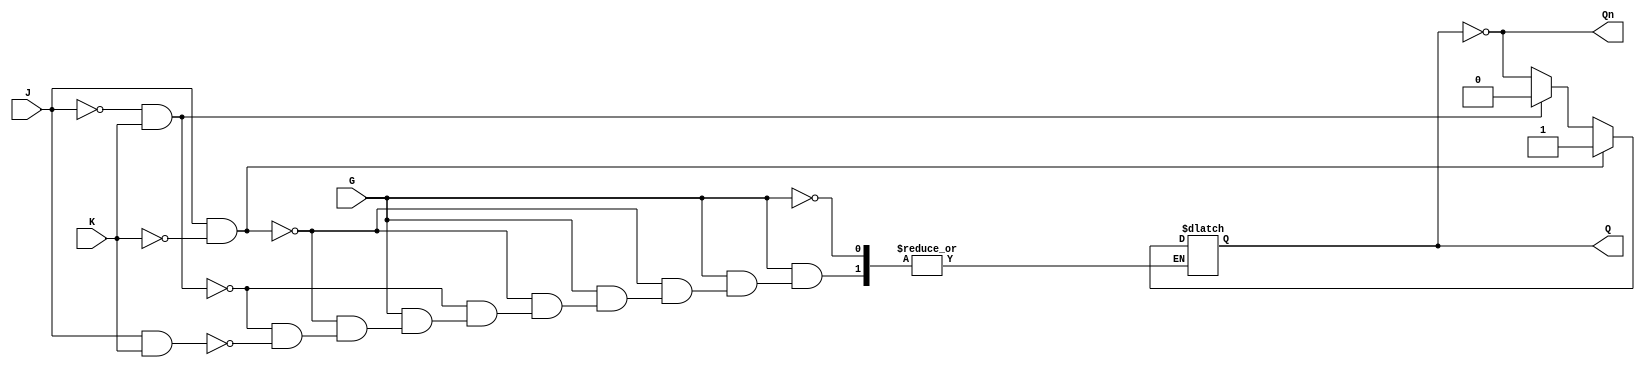
module GatedJKLatch (
    input wire J,      // Input J
    input wire K,      // Input K
    input wire G,      // Enable signal
    output reg Q,      // Output Q
    output wire Qn     // Complementary output Q
);

// Complementary output
assign Qn = ~Q;

// Always block for latch behavior
always @(*) begin
    if (G) begin
        if (J && !K) begin
            Q = 1;      // Set condition
        end else if (!J && K) begin
            Q = 0;      // Reset condition
        end else if (J && K) begin
            Q = ~Q;     // Toggle condition
        end
        // If both J and K are 0, hold the previous state (implicit)
    end
    // If G is low, hold the previous value of Q (implicit)
end

endmodule